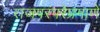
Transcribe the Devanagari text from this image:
राजपरंपरेप्रमाणे